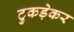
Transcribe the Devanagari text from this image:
टुकड़ेकर